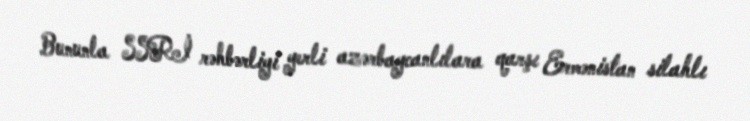
Bununla SSRİ rəhbərliyi yerli azərbaycanlılara qarşı Ermənistan silahlı